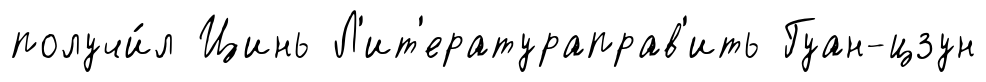
получи́л Цинь Л'ит'ератураправ'ить Гуан-цзун